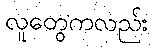
လူတွေကလည်း